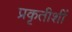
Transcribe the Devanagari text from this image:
प्रकृतीशीं